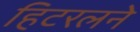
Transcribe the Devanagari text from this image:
हिटरलने